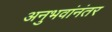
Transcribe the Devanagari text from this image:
अनुभवांनंतर